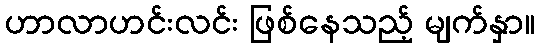
ဟာလာဟင်းလင်း ဖြစ်နေသည့် မျက်နှာ။